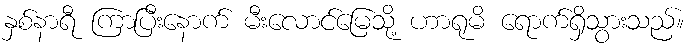
နှစ်နာရီ ကြာပြီးနောက် မီးလောင်မြေသို့ ဟာရုမိ ရောက်ရှိသွားသည်။